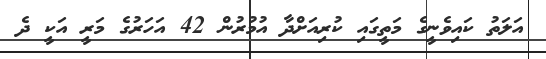
އަލަތު ކައިވެނީގެ މަތީގައި ކުރިއަށްދާ އުމުރުން 42 އަހަރުގެ މަރީ އަކީ ދެ